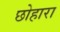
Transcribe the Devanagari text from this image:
छोहारा